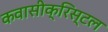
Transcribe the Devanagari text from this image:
कवासीक्रिस्टल